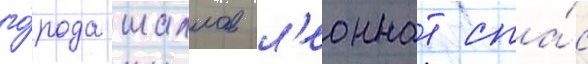
го́рода маллов л'еоннат спа́с